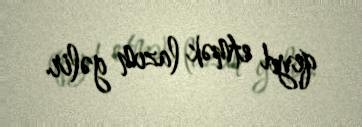
qeyd etmək lazım gəlir.